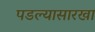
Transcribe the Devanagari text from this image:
पडल्यासारखा